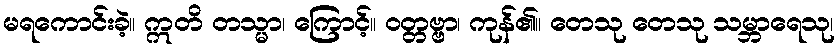
မရကောင်းခဲ့။ ဣတိ တသ္မာ၊ ကြောင့်။ ဝတ္တဗ္ဗာ၊ ကုန်၏။ တေသု တေသု သမ္ဘာရေသု၊